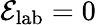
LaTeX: \mathcal{E}_{\mathrm{lab}}=0